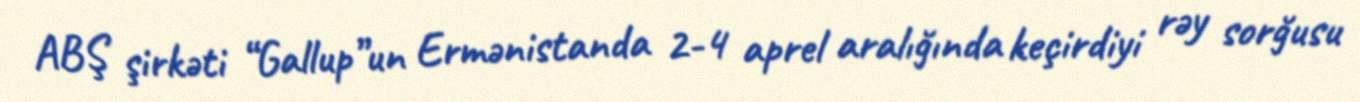
ABŞ şirkəti “Gallup”un Ermənistanda 2-4 aprel aralığında keçirdiyi rəy sorğusu